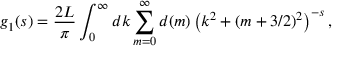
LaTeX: g _ { 1 } ( s ) = \frac { 2 L } { \pi } \int _ { 0 } ^ { \infty } d k \sum _ { m = 0 } ^ { \infty } d ( m ) \left( k ^ { 2 } + ( m + 3 / 2 ) ^ { 2 } \right) ^ { - s } ,